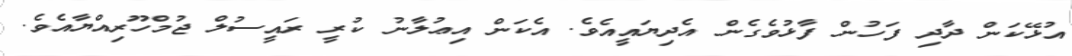
އުޅޭކަން ދާދި ފަހުން ފާޅުވެގެން އެދިޔައީއެވެ. އެކަން އިޢުލާނު ކުރީ ރައީސުލް ޖުމްހޫރިއްޔާއެވެ.